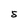
Character: s